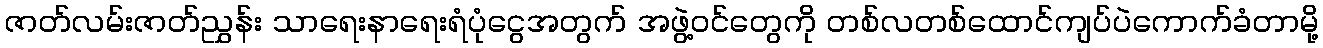
ဇာတ်လမ်းဇာတ်ညွှန်း သာရေးနာရေးရံပုံငွေအတွက် အဖွဲ့ဝင်တွေကို တစ်လတစ်ထောင်ကျပ်ပဲကောက်ခံတာမို့